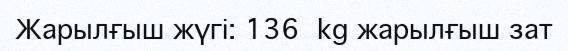
Жарылғыш жүгі: 136 kg жарылғыш зат